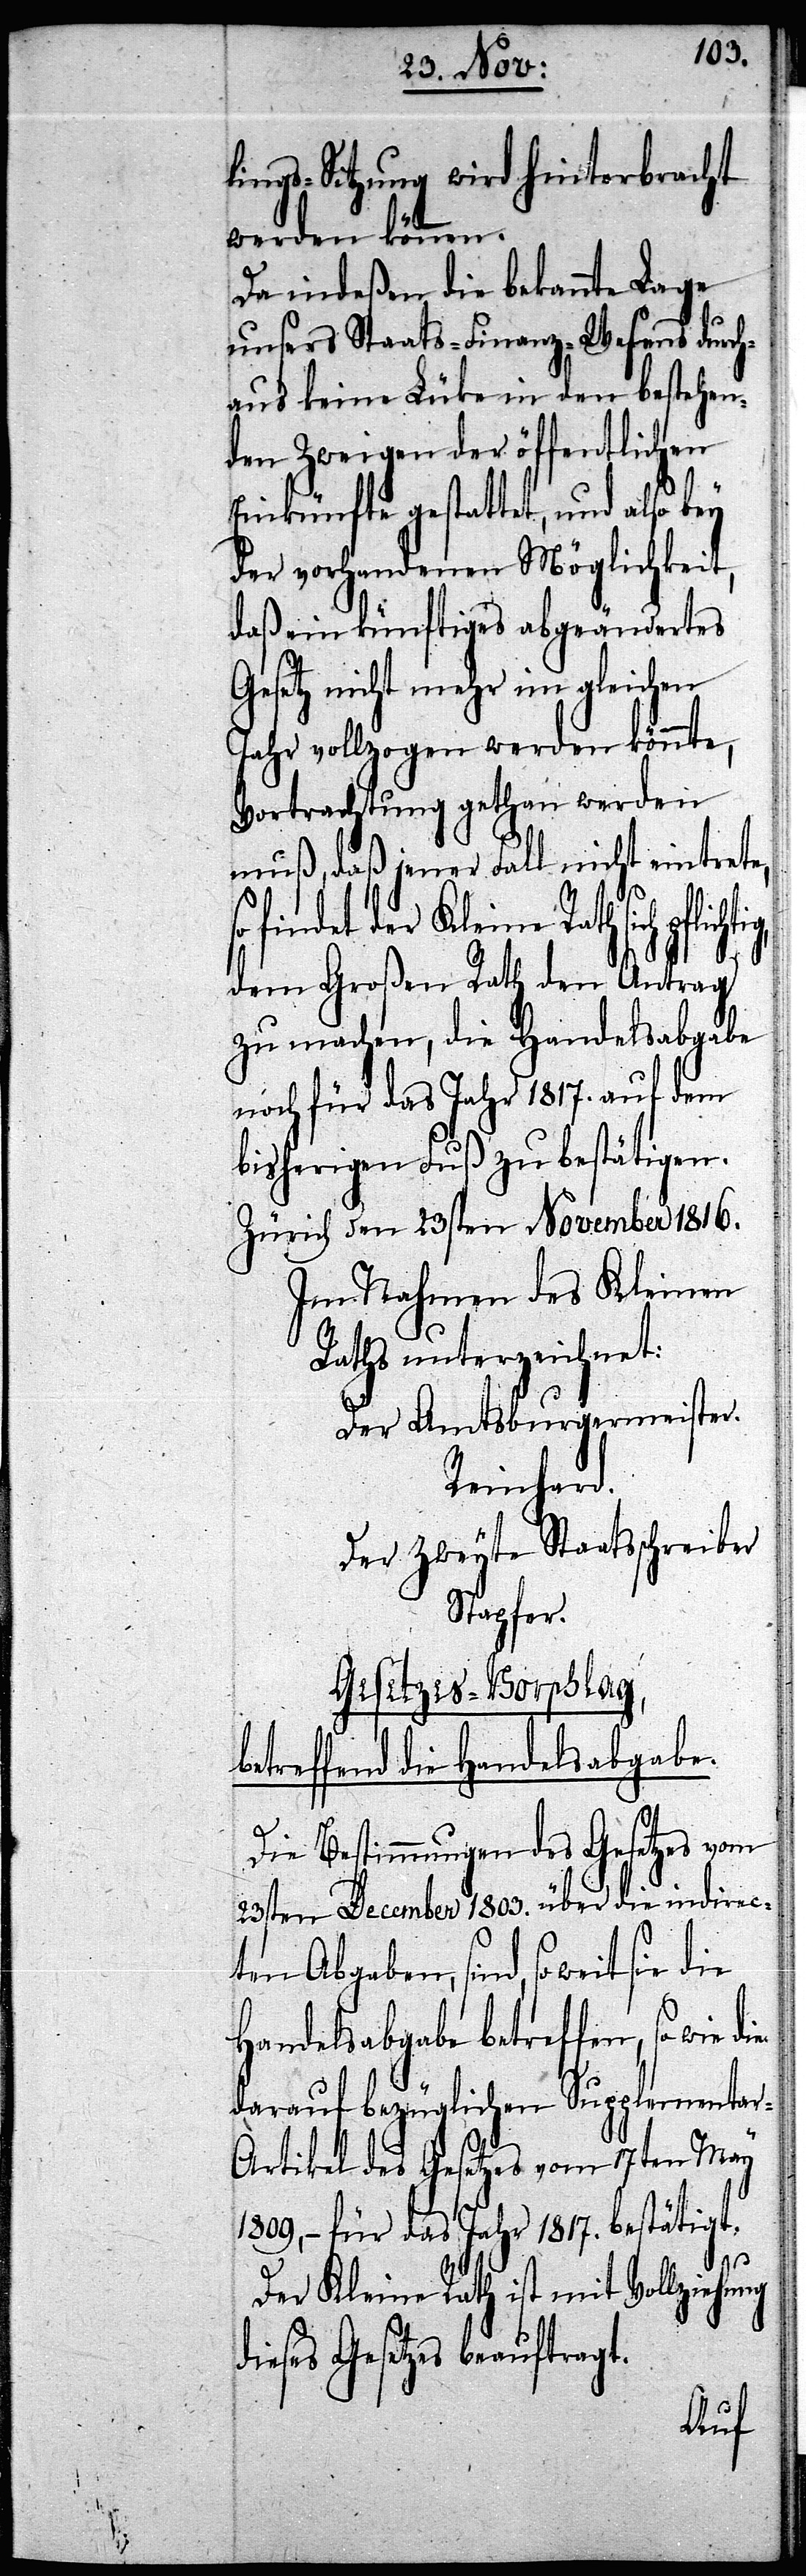
lings-Sitzung wird hinterbracht
werden können.
Da indeßen die bekannte Lage
unsers Staats-Finanz-Wesens durch¬
aus keine Lüke in den bestehen¬
den Zweigen der öffentlichen
Einkünfte gestattet, und also bey
der vorhandenen Möglichkeit,
daß ein künftiges abgeändertes
Gesetz nicht mehr im gleichen
Jahr vollzogen werden könnte,
Vortrachtung gethan werden
muß, daß jener Fall nicht eintrete,
findet der Kleine Rath sich
dem Großen Rath den Antrag
zu machen, die Handelsabgabe
noch für das Jahr 1817. auf dem
bisherigen Fuß zu bestätigen.
Zürich den 23sten November 1816.
Im Nahmen des Kleinen
Der Amtsburgermeister.
Reinhard.
Der zweyte Staatsschreiber
Stapfer.
Gesetzes-Vorschlag,
betreffend die Handelsabgabe.
Die Bestimmungen des Gesetzes vom
23sten December 1803. über die indirec¬
ten Abgaben, sind, so weit sie
Handelsabgabe betreffen, so wie
darauf bezüglichen Supplementar-A¬
rtikel des Gesetzes vom 17ten May
1809, – für das Jahr 1817. bestätigt.
Der Kleine Rath ist mit Vollziehung
dieses Gesetzes beauftragt.